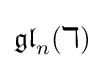
{\mathfrak {gl}}_{n}(\mathbb {k} )